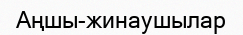
Аңшы-жинаушылар